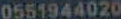
0551944020